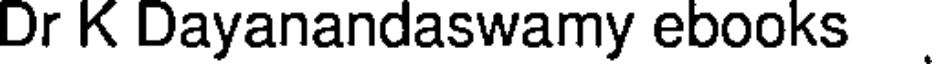
Dr K Dayanandaswamy ebooks